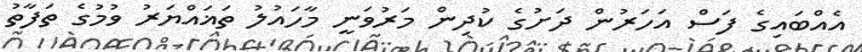
އެއްބައިގެ ފަސް އަހަރުން ދަށުގެ ކުދިން މަރުވަނީ މާހައުލު ތަޣައްޔަރު ވުމުގެ ތަފާތު